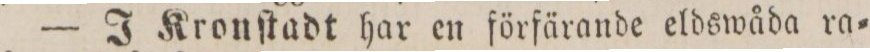
— J Kronſtadt har en förfärande eldswåda ra=